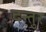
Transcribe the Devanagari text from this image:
दन्तुर